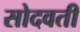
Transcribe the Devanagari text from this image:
सोदवती